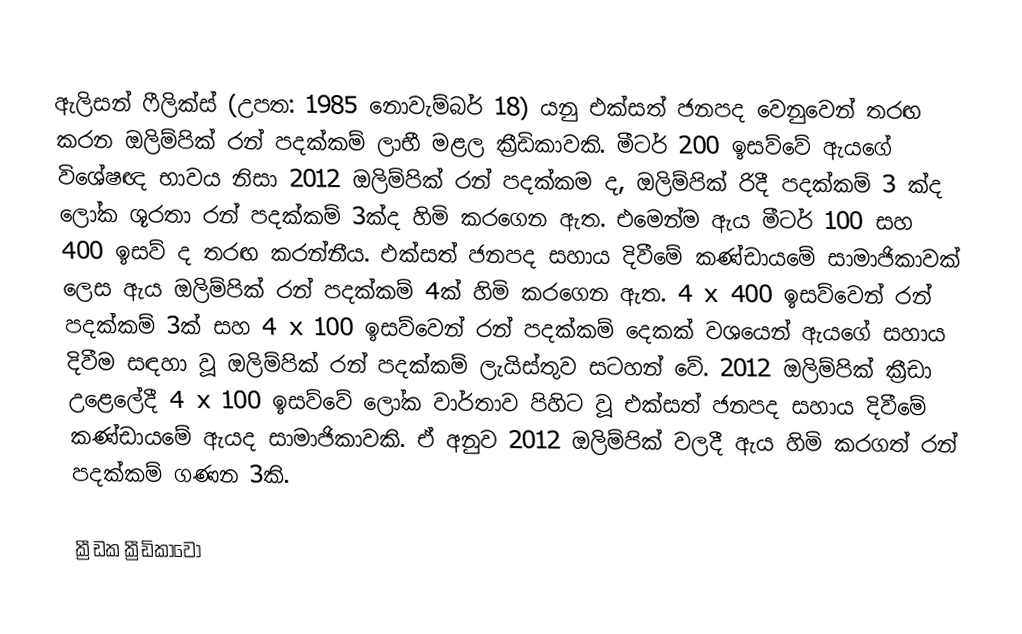
ඇලිසන් ෆීලික්ස් (උපත: 1985 නොවැම්බර් 18) යනු එක්සත් ජනපද වෙනුවෙන් තරඟ කරන ඔලිම්පික් රන් පදක්කම් ලාභී මළල ක්‍රීඩිකාවකි. මීටර් 200 ඉසව්වේ ඇයගේ විශේෂඥ භාවය නිසා  2012 ඔලිම්පික් රන් පදක්කම ද, ඔලිම්පික් රිදී පදක්කම් 3 ක්ද ලෝක ශූරතා රන් පදක්කම් 3ක්ද හිමි කරගෙන ඇත. එමෙන්ම ඇය මීටර් 100 සහ 400 ඉසව් ද තරඟ කරන්නීය. එක්සත් ජනපද සහාය දිවීමේ කණ්ඩායමේ සාමාජිකාවක් ලෙස ඇය ඔලිම්පික් රන් පදක්කම් 4ක් හිමි කරගෙන ඇත.  4 x 400 ඉසව්වෙන් රන් පදක්කම් 3ක් සහ 4 x 100 ඉසව්වෙන් රන් පදක්කම් දෙකක් වශයෙන් ඇයගේ සහාය දිවීම සඳහා වූ ඔලිම්පික් රන් පදක්කම් ලැයිස්තුව සටහන් වේ. 2012 ඔලිම්පික් ක්‍රීඩා උළෙලේදී  4 x 100 ඉසව්වේ ලෝක වාර්තාව පිහිට වූ එක්සත් ජනපද සහාය දිවීමේ කණ්ඩායමේ ඇයද සාමාජිකාවකි. ඒ අනුව 2012 ඔලිම්පික් වලදී ඇය හිමි කරගත් රන් පදක්කම් ගණන 3කි.

ක්‍රීඩක ක්‍රීඩිකාවෝ